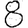
Digit: 8